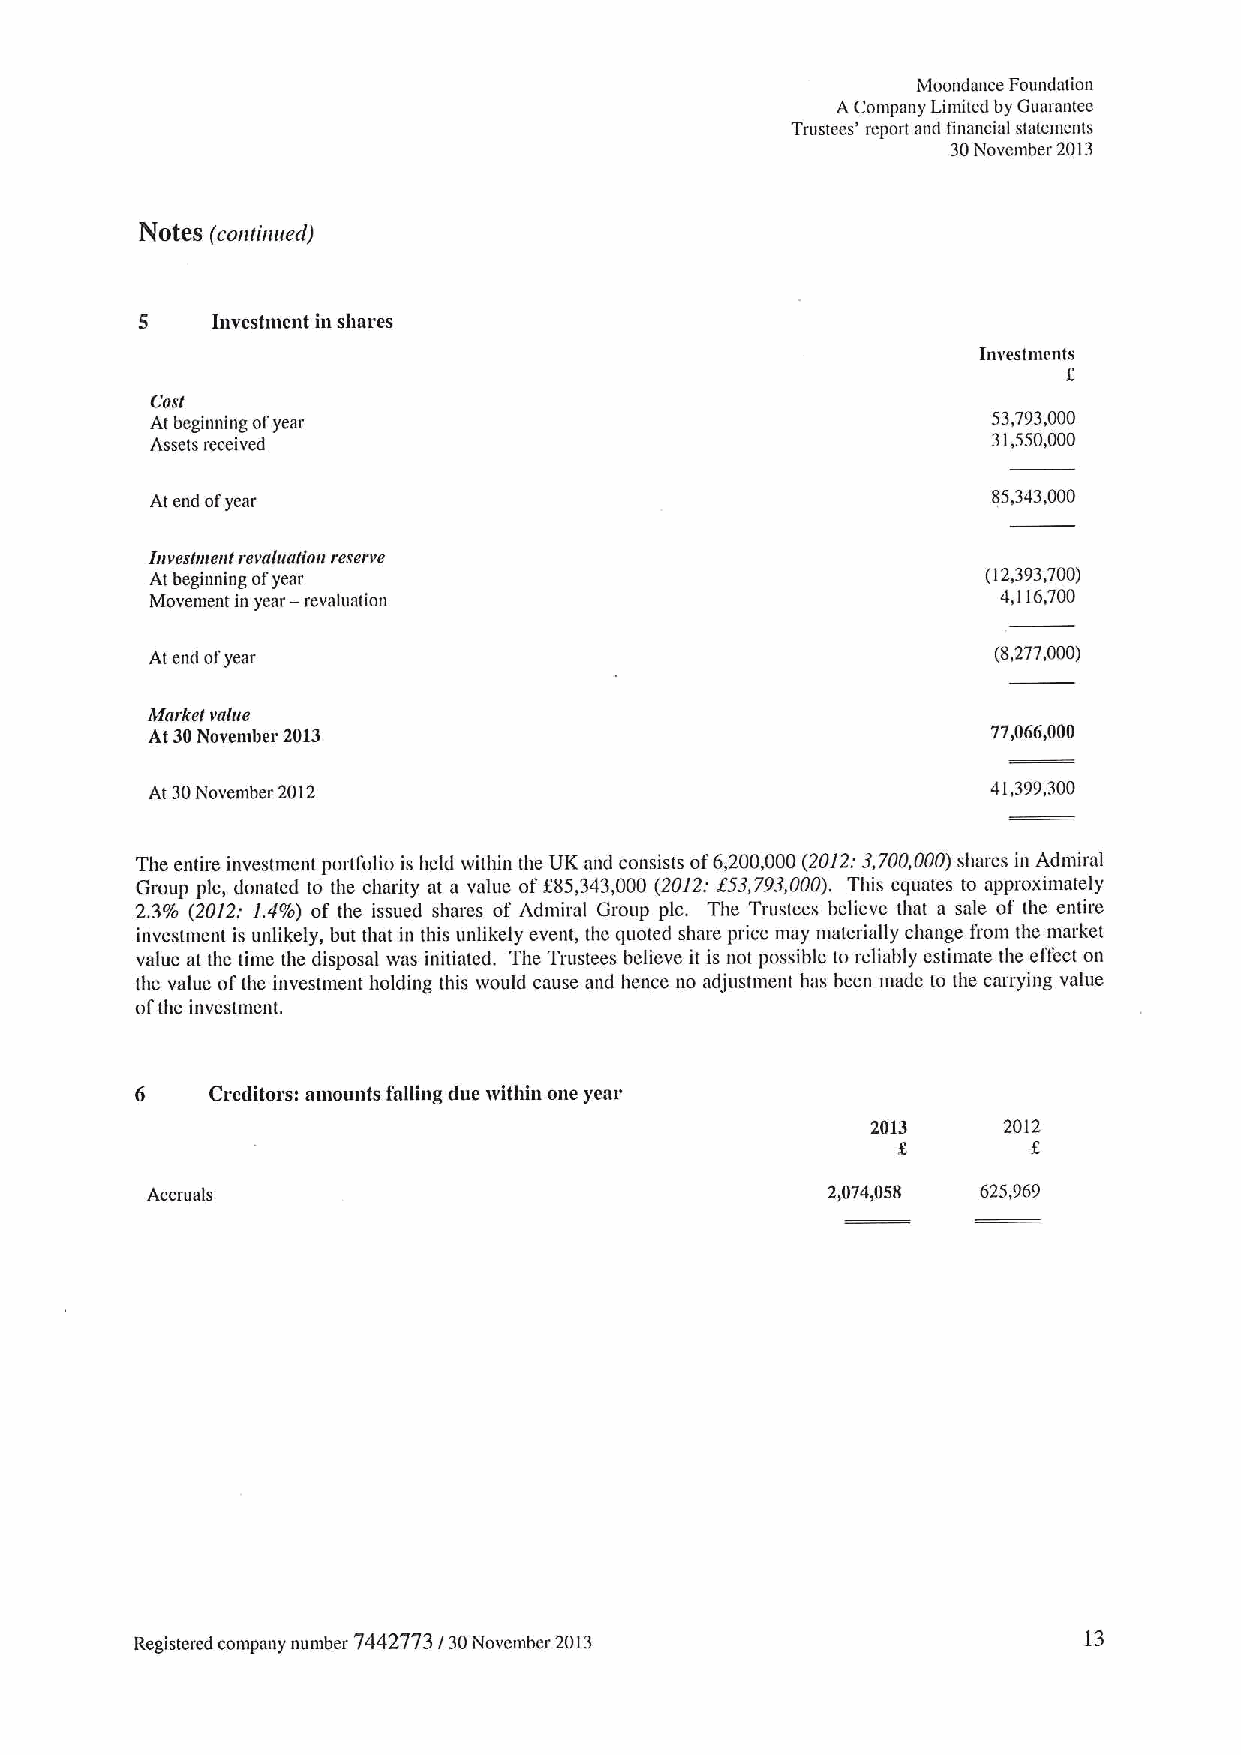
Moondance Foundation
 ACompany Limited by Guarantee
 Trustees' report and financial statements
 30November 2013
 NOteS (continued)
 5    Investment in shares
 Investments
 Cost
 At beginning ofyear                                     53,793,000
 Assets received
 31,550,000
 At end ofyear                                           85,343,000
 Iuveslnrent revalaalion reserve
 At beginning ot'year                                   (12,393,700)
 Movement in year —revaluation                           4,116,700
 At end ofyear                                           (8,277,000)
 ttfarket vnlue
 At 30November 2013                                      77,066,000
 At 30November 2012                                      41,399,300
 The entire investmcnt portfolio is held within the UK and consists of6,200,000(2012:3,700,000)shares in Admiral
 Group pic, donated to the charity at a value off85,343,000 (2012t $53,793,000). This equates to approx)mately
 2.39o (2012t 1.4%) of the issued shares of Admiral Group pic. The Trustees believe that a sale of the entire
 investment is unlikely, but that in this unlikely event, the quoted share price may materially change from the market
 value at the time the disposal was initiated. The Trustees believe it is not possible to reliably estimate the effect on
 the value ofthe investment holding this would cause and hence no adjustment has been made to the carrying value
 ofthe investment.
 6    Creditors: mnounts falling due within one year
 2013    2012
 Accruals                                     2,074,058 625,969
 Registered company number 7442773 / 30November 2013            13